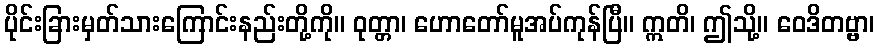
ပိုင်းခြားမှတ်သားကြောင်းနည်းတို့ကို။ ဝုတ္တာ၊ ဟောတော်မူအပ်ကုန်ပြီ။ ဣတိ၊ ဤသို့။ ဝေဒိတဗ္ဗာ၊